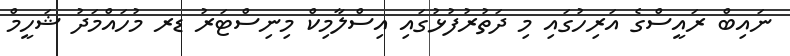
ނައިބް ރައީސްގެ އަރިހުގައި މި ދަތުރުފުޅުގައި އިސްލާމިކް މިނިސްޓަރު ޑރ މުހައްމަދު ޝަހީމް